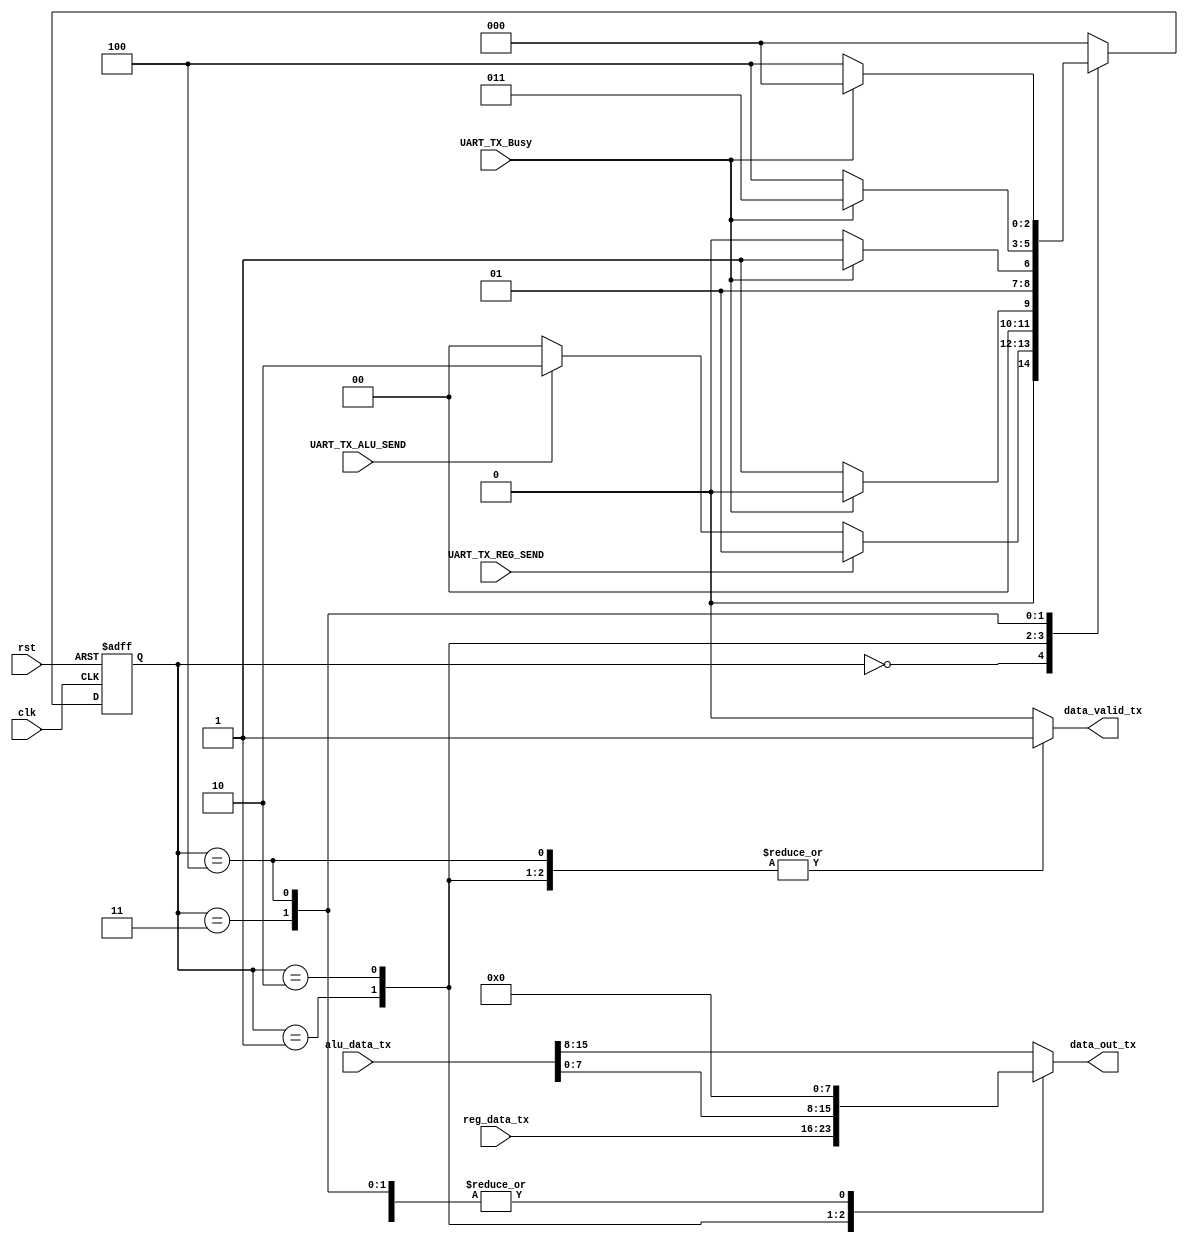
module SYS_TX_CTRL #(parameter DATA_WIDTH = 8)
(
  input wire clk,rst,
  input wire UART_TX_Busy,
  
  input wire UART_TX_REG_SEND,UART_TX_ALU_SEND, // communicate between tx,rx controllers
  input wire [DATA_WIDTH*2-1 : 0] alu_data_tx, // communicate between tx,rx controllers
  input wire [DATA_WIDTH-1 : 0]   reg_data_tx, // communicate between tx,rx controllers
  
  output reg [DATA_WIDTH-1 : 0]   data_out_tx,
  output reg data_valid_tx
);

reg [2:0] cs,ns;
localparam [2:0]  IDLE = 'd0,
                  REG_DATA_SEND ='d1,
                  ALU_DATA_SEND_FIRST = 'd2,
                  TX_BUSY = 'd3,
                  ALU_DATA_SEND_SECOND = 'd4;
              
              
always @ (posedge clk or negedge rst)
 begin
  if(!rst)
    cs <= IDLE ;
  else
    cs <= ns ;
 end 

always @(*)begin

  case(cs)
  
    IDLE : begin
                  if(UART_TX_REG_SEND)
                    ns = REG_DATA_SEND;
                  else if(UART_TX_ALU_SEND)
                     ns = ALU_DATA_SEND_FIRST;
                  else
                     ns = IDLE;
           end
           
    REG_DATA_SEND : begin
                    if(UART_TX_Busy)
                      ns = IDLE;
                    else
                      ns = REG_DATA_SEND;
                    end
                     
   ALU_DATA_SEND_FIRST : begin
                    if(UART_TX_Busy)
                      ns = TX_BUSY;
                    else
                      ns = ALU_DATA_SEND_FIRST;
                    end
   TX_BUSY :  begin
                    if(UART_TX_Busy)
                      ns = TX_BUSY;
                    else
                      ns = ALU_DATA_SEND_SECOND;
                    end
                    
   ALU_DATA_SEND_SECOND : begin
                    if(UART_TX_Busy)
                      ns = IDLE;
                    else
                      ns = ALU_DATA_SEND_SECOND;
                    end
                    
   default : ns = IDLE;
   
  endcase
end
   
                    
                    
always @(*)begin

  case(cs)
  
    IDLE : begin
              data_out_tx = 'd0;
              data_valid_tx = 'd0;
           end
           
    REG_DATA_SEND : begin
              data_out_tx = reg_data_tx;
              data_valid_tx = 'd1;               
                    end
                     
   ALU_DATA_SEND_FIRST : begin
              data_out_tx = alu_data_tx[DATA_WIDTH-1 : 0];
              data_valid_tx = 'd1;
                    end
   TX_BUSY :  begin
              data_out_tx = 'd0;
              data_valid_tx = 'd0;                    
                    end
                    
   ALU_DATA_SEND_SECOND : begin
              data_out_tx = 'd0;
              data_valid_tx = 'd1;
                    end
                    
   default : begin 
              data_out_tx = alu_data_tx[DATA_WIDTH*2-1 : DATA_WIDTH];
              data_valid_tx = 'd0;
             end
  endcase
end                  
endmodule